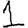
Digit: 1